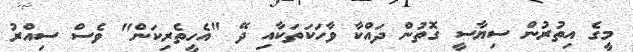
މީގެ އިތުރުން ސިޔާސީ ގޮތުން ދައްކާ ވާހަކަތަކާއި ދޭ "އެހީތެރިކަން" ވެސް ސިއްރު